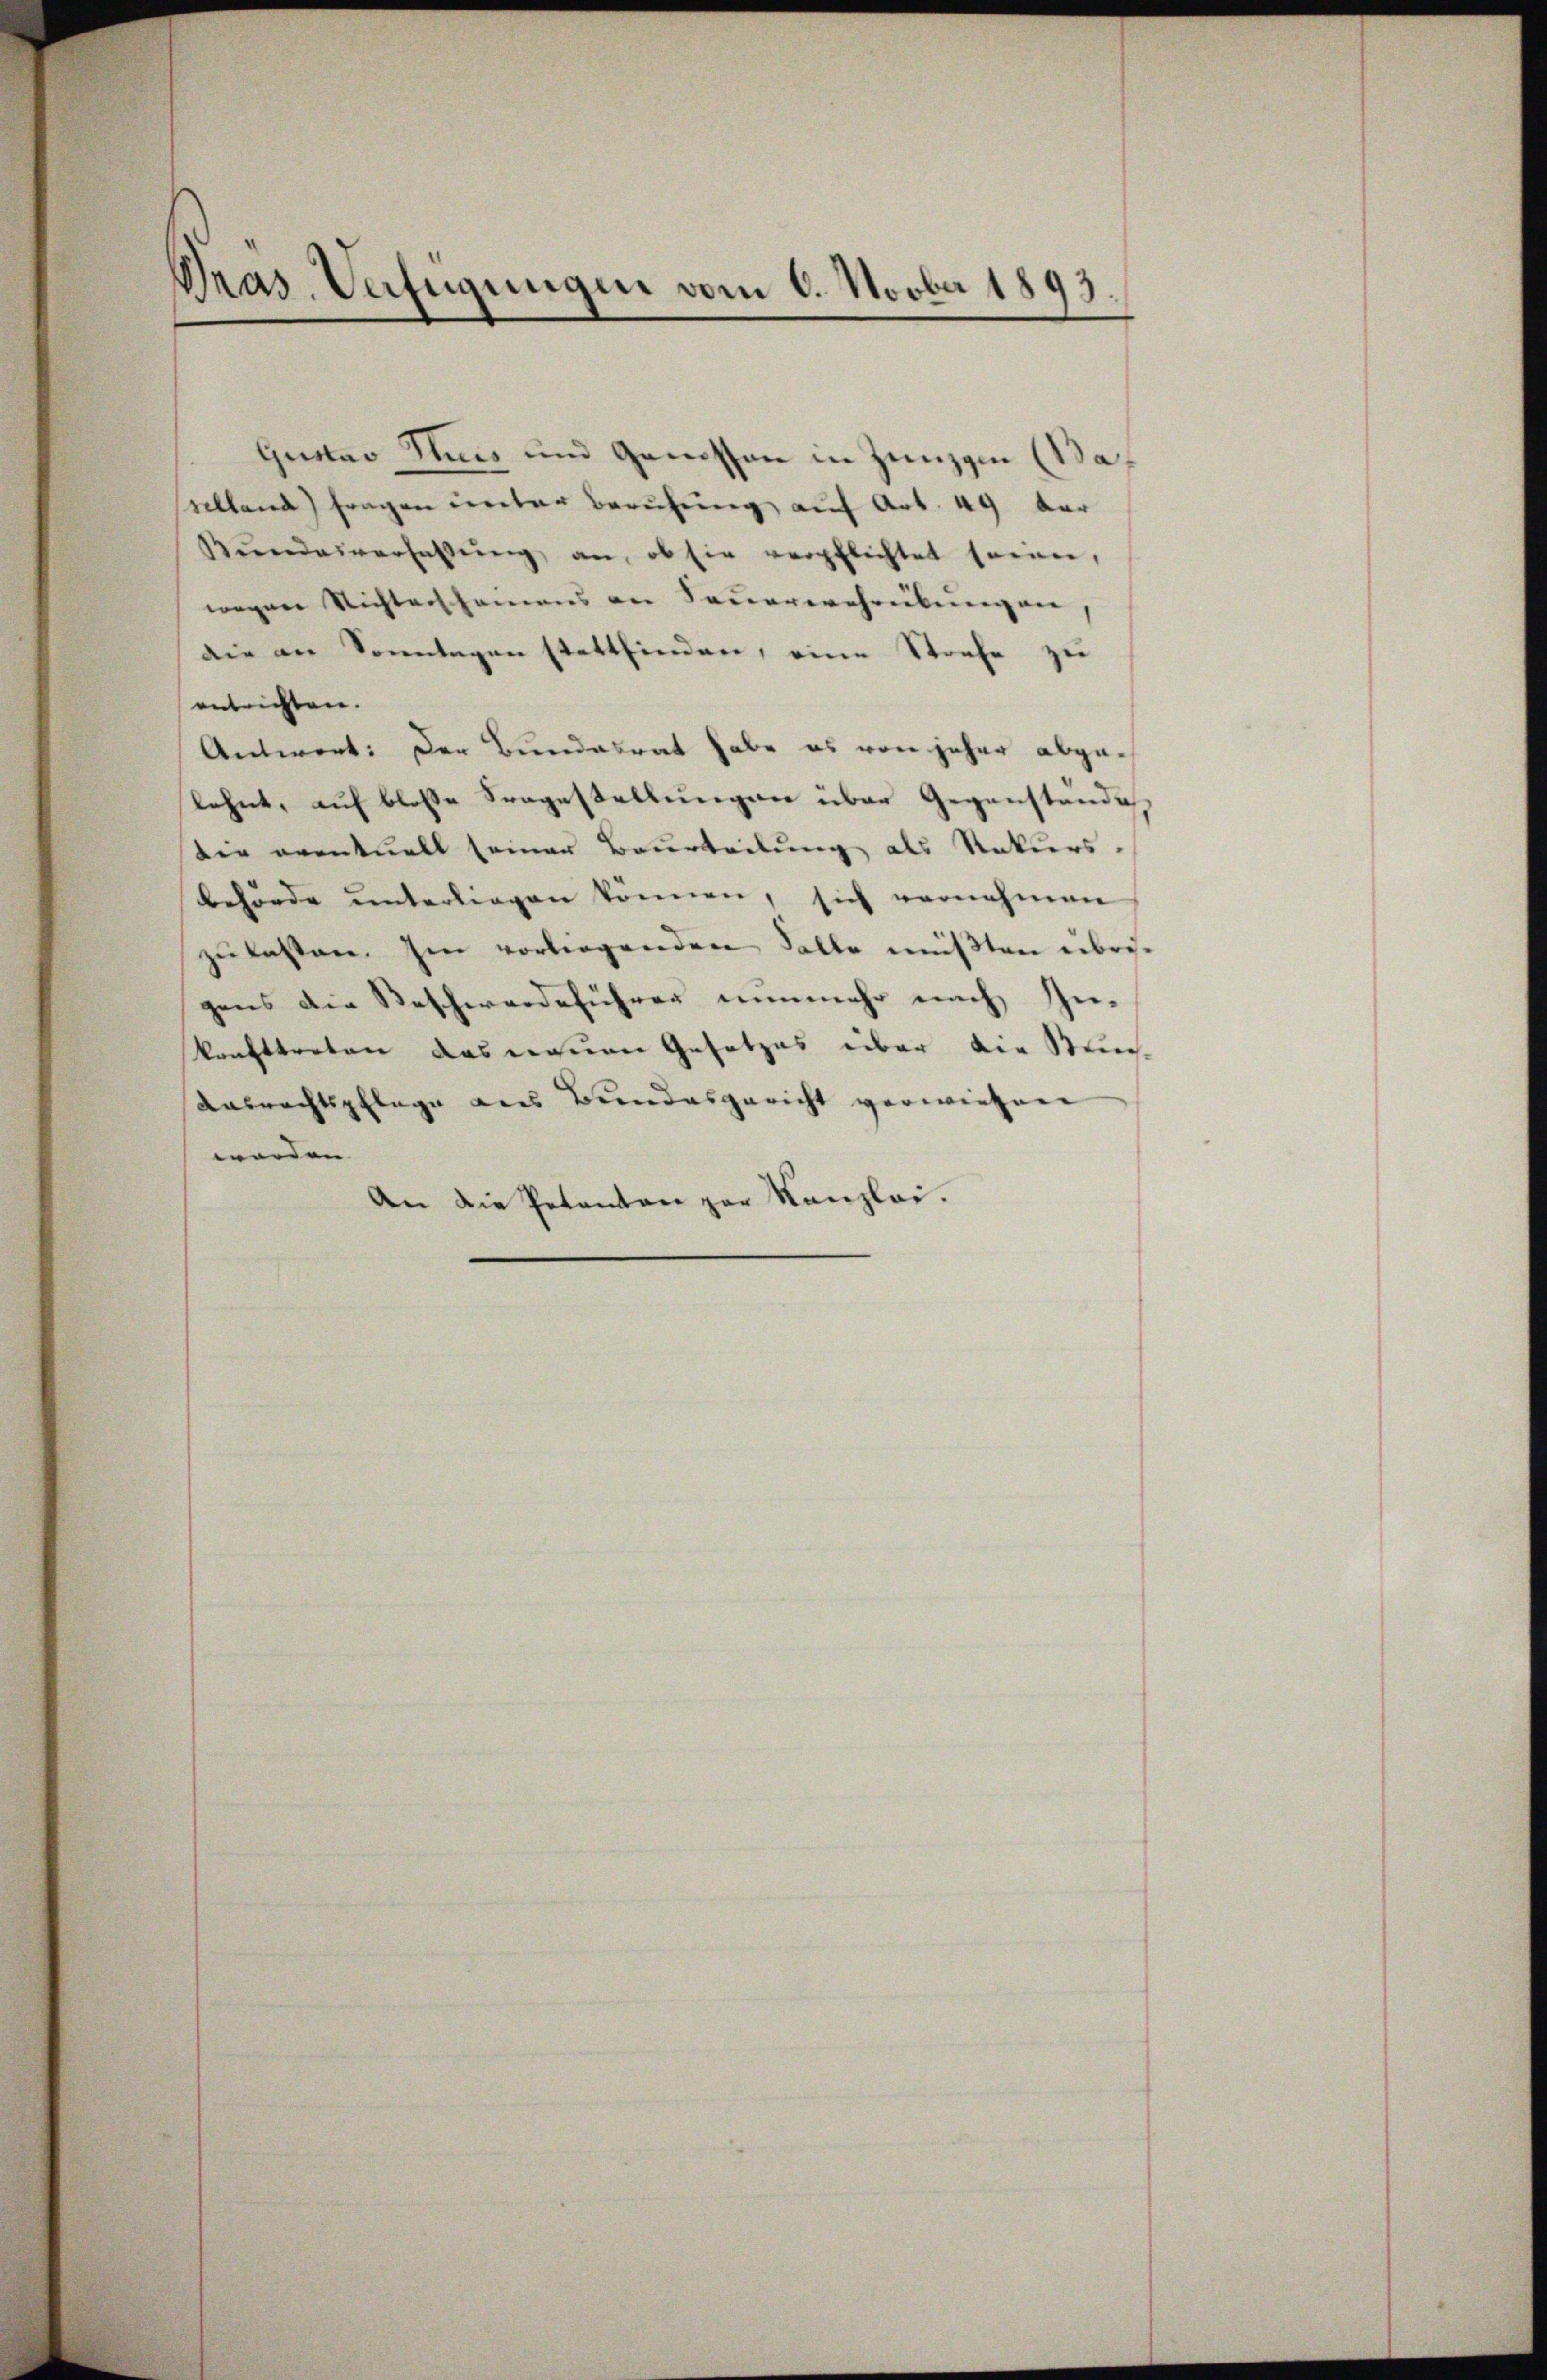
Pras. Verfügungen vom 6. Novber 1893.

Gustav Streis und Genossen in Zungen (Baf
selland fragen unter Berufung auf Art. 49 dar
Bŭndesverhassŭng an, ob sie verpflichtet seinen,
wegen Nichterschamens an Sauerwehreibungen,
die an Sonntagen stattfinden, eine Strafe zu
entrichten. |
Antwort: Der Bundesrat habe es von jeher abgelehnt, auf bloße Fragestellungen über Gegenstände
der eventuell seiner Beurteilung als Rekurs-
behörde unterliegen können, sich vernehmen
zŭ lassen. Im vorliegenden Falle müßten übrigens die Beschwerdeführer nunmehr nach In-
konfttreten das neuen Gesetzes über die Strech-
Ausrechtspflege aus Bundesgericht verwiesen
worden. |
An die Petenten zur Kanzlei.